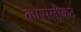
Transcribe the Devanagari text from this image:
कासलीकट